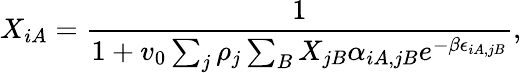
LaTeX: X_{iA}=\frac{1}{1+v_{0}\sum_{j}\rho_{j}\sum_{B}X_{jB}\alpha_{iA,jB}e^{-\beta\epsilon_{iA,jB}}},